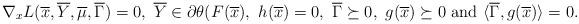
LaTeX: \begin{align*}\nabla_xL(\overline{x},\overline Y, \overline{\mu},\overline{\Gamma})=0, \ \overline Y \in \partial \theta (F(\overline x),\ h(\overline{x})=0, \ \overline{\Gamma} \succeq 0,\ g(\overline{x})\succeq 0\,\, {\rm and}\,\, \langle\overline{\Gamma}, g(\overline{x})\rangle =0.\end{align*}